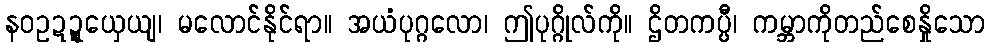
နဝဥဍ္ဍယှေယျ၊ မလောင်နိုင်ရာ။ အယံပုဂ္ဂလော၊ ဤပုဂ္ဂိုလ်ကို။ ဌိတကပ္ပီ၊ ကမ္ဘာကိုတည်စေနှိုသော